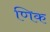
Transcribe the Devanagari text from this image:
णिक